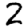
Digit: 2